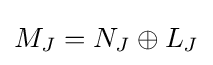
M_{J}=N_{J}\oplus L_{J}